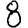
Digit: 8